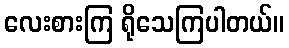
လေးစားကြ ရိုသေကြပါတယ်။